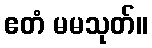
ဧတံ မမသုတ်။